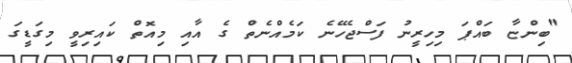
"ބިންޏާ ބައްޕަ މިހިރީނު ފަސްޖެހޭނެ ކަމެއްނެތް ގެ އާއި މިއޮތް ކައިރިވީ މިގަޑީގަ